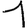
Digit: 1